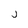
Character: j